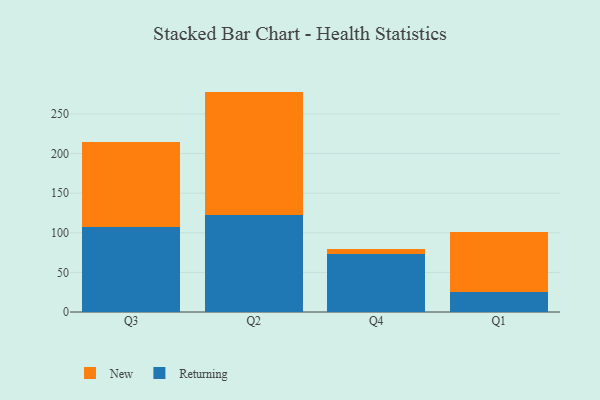
{"axis": {"x": "Quarter", "y": "Website Visitors"}, "legend": ["New", "Returning"], "data": [{"x": "Q3", "y": 107.3, "type": "Returning"}, {"x": "Q3", "y": 107.0, "type": "New"}, {"x": "Q2", "y": 122.9, "type": "Returning"}, {"x": "Q2", "y": 155.3, "type": "New"}, {"x": "Q4", "y": 73.8, "type": "Returning"}, {"x": "Q4", "y": 6.1, "type": "New"}, {"x": "Q1", "y": 25.4, "type": "Returning"}, {"x": "Q1", "y": 75.2, "type": "New"}]}